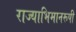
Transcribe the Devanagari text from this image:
राज्याभिमानरूपी